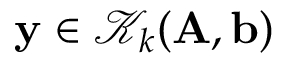
\mathbf { y } \in \mathcal { K } _ { k } ( \mathbf { A } , \mathbf { b } )